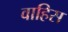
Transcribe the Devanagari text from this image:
वाहिस